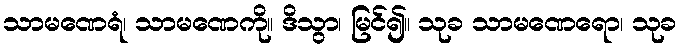
သာမဏေရံ၊ သာမဏေကို။ ဒိသွာ၊ မြင်၍။ သုခ သာမဏေရော၊ သုခ